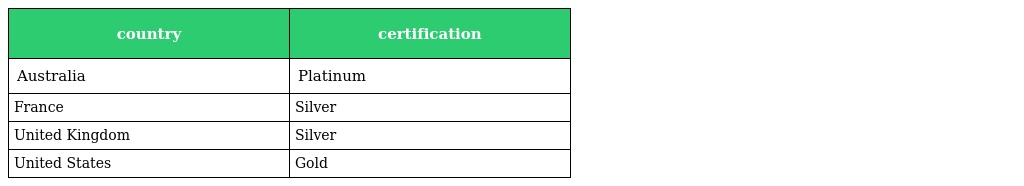
| country | certification |
 | --- | --- |
 | Australia | Platinum |
 | France | Silver |
 | United Kingdom | Silver |
 | United States | Gold |